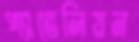
প্যাভেলিয়ন